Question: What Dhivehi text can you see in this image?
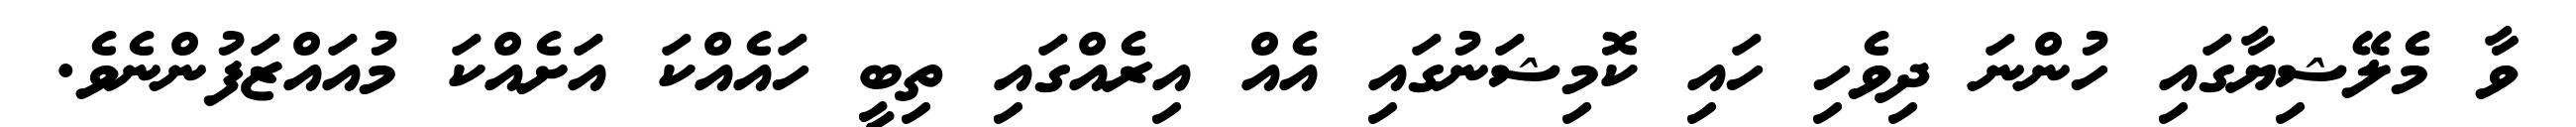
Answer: ވާ މެލޭޝިޔާގައި ހުންނަ ދިވެހި ހައި ކޮމިޝަނުގައި އެއް އިރެއްގައި ތިބީ ހައެއްކަ އަށެއްކަ މުއައްޒަފުންނެވެ.